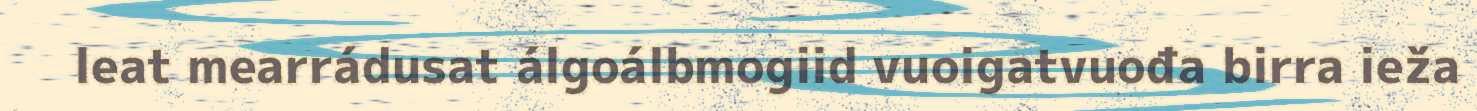
leat mearrádusat álgoálbmogiid vuoigatvuođa birra ieža